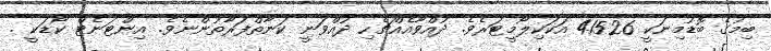
ބިމުގެ ބޮޑުމިނަކީ 41526 އަކަކިލޯމީޓަރެވެ. ދުއްވާއެއްޗެހި ދުއްވަނީ ކަނާތްފަރާތުންނެވެ. އިންޓަނެޓް ކޯޑަކީ .